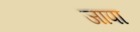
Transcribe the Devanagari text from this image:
जापा